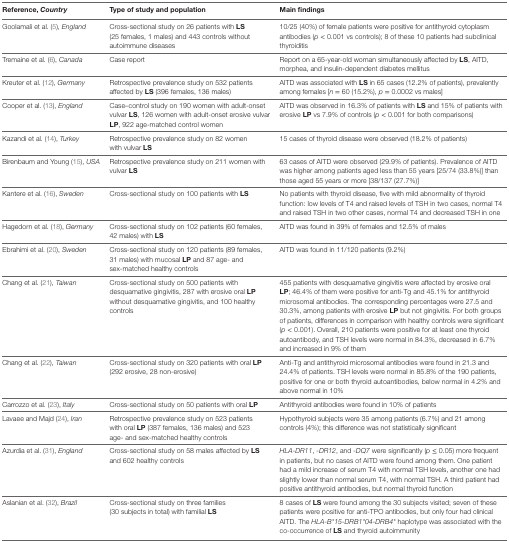
<table><thead><tr><td><b>Reference, <i>Country</i></b></td><td><b>Type of study and population</b></td><td><b>Main findings</b></td></tr></thead><tbody><tr><td>Goolamali et al. (5), <i>England</i></td><td>Cross-sectional study on 26 patients with <b>LS</b> (25 females, 1 males) and 443 controls without autoimmune diseases</td><td>10/25 (40%) of female patients were positive for antithyroid cytoplasm antibodies (<i>p</i> &lt; 0.001 vs controls); 8 of these 10 patients had subclinical thyroiditis</td></tr><tr><td>Tremaine et al. (6), <i>Canada</i></td><td>Case report</td><td>Report on a 65-year-old woman simultaneously affected by <b>LS</b>, AITD, morphea, and insulin-dependent diabetes mellitus</td></tr><tr><td>Kreuter et al. (12), <i>Germany</i></td><td>Retrospective prevalence study on 532 patients affected by <b>LS</b> (396 females, 136 males)</td><td>AITD was associated with <b>LS</b> in 65 cases (12.2% of patients), prevalently among females [<i>n</i> = 60 (15.2%), <i>p</i> = 0.0002 vs males]</td></tr><tr><td>Cooper et al. (13), <i>England</i></td><td>Case–control study on 190 women with adult-onset vulvar <b>LS</b>, 126 women with adult-onset erosive vulvar <b>LP</b>, 922 age-matched control women</td><td>AITD was observed in 16.3% of patients with <b>LS</b> and 15% of patients with erosive <b>LP</b> vs 7.9% of controls (<i>p</i> &lt; 0.001 for both comparisons)</td></tr><tr><td>Kazandi et al. (14), <i>Turkey</i></td><td>Retrospective prevalence study on 82 women with vulvar <b>LS</b></td><td>15 cases of thyroid disease were observed (18.2% of patients)</td></tr><tr><td>Birenbaum and Young (15), <i>USA</i></td><td>Retrospective prevalence study on 211 women with vulvar <b>LS</b></td><td>63 cases of AITD were observed (29.9% of patients). Prevalence of AITD was higher among patients aged less than 55 years [25/74 (33.8%)] than those aged 55 years or more [38/137 (27.7%)]</td></tr><tr><td>Kantere et al. (16), <i>Sweden</i></td><td>Cross-sectional study on 100 patients with <b>LS</b></td><td>No patients with thyroid disease, five with mild abnormality of thyroid function: low levels of T4 and raised levels of TSH in two cases, normal T4 and raised TSH in two other cases, normal T4 and decreased TSH in one</td></tr><tr><td>Hagedorn et al. (18), <i>Germany</i></td><td>Cross-sectional study on 102 patients (60 females, 42 males) with <b>LS</b></td><td>AITD was found in 39% of females and 12.5% of males</td></tr><tr><td>Ebrahimi et al. (20), <i>Sweden</i></td><td>Cross-sectional study on 120 patients (89 females, 31 males) with mucosal <b>LP</b> and 87 age- and sex-matched healthy controls</td><td>AITD was found in 11/120 patients (9.2%)</td></tr><tr><td>Chang et al. (21), <i>Taiwan</i></td><td>Cross-sectional study on 500 patients with desquamative gingivitis, 287 with erosive oral <b>LP</b> without desquamative gingivitis, and 100 healthy controls</td><td>455 patients with desquamative gingivitis were affected by erosive oral <b>LP</b>; 46.4% of them were positive for anti-Tg and 45.1% for antithyroid microsomal antibodies. The corresponding percentages were 27.5 and 30.3%, among patients with erosive <b>LP</b> but not gingivitis. For both groups of patients, differences in comparison with healthy controls were significant (<i>p</i> &lt; 0.001). Overall, 210 patients were positive for at least one thyroid autoantibody, and TSH levels were normal in 84.3%, decreased in 6.7% and increased in 9% of them</td></tr><tr><td>Chang et al. (22), <i>Taiwan</i></td><td>Cross-sectional study on 320 patients with oral <b>LP</b> (292 erosive, 28 non-erosive)</td><td>Anti-Tg and antithyroid microsomal antibodies were found in 21.3 and 24.4% of patients. TSH levels were normal in 85.8% of the 190 patients, positive for one or both thyroid autoantibodies, below normal in 4.2% and above normal in 10%</td></tr><tr><td>Carrozzo et al. (23), <i>Italy</i></td><td>Cross-sectional study on 50 patients with oral <b>LP</b></td><td>Antithyroid antibodies were found in 10% of patients</td></tr><tr><td>Lavaee and Majd (24), <i>Iran</i></td><td>Retrospective prevalence study on 523 patients with oral <b>LP</b> (387 females, 136 males) and 523 age- and sex-matched healthy controls</td><td>Hypothyroid subjects were 35 among patients (6.7%) and 21 among controls (4%); this difference was not statistically significant</td></tr><tr><td>Azurdia et al. (31), <i>England</i></td><td>Cross-sectional study on 58 males affected by <b>LS</b> and 602 healthy controls</td><td><i>HLA-DR11, -DR12</i>, and <i>-DQ7</i> were significantly (<i>p</i> ≤ 0.05) more frequent in patients, but no cases of AITD were found among them. One patient had a mild increase of serum T4 with normal TSH levels, another one had slightly lower than normal serum T4, with normal TSH. A third patient had positive antithyroid antibodies, but normal thyroid function</td></tr><tr><td>Aslanian et al. (32), <i>Brazil</i></td><td>Cross-sectional study on three families (30 subjects in total) with familial <b>LS</b></td><td>8 cases of <b>LS</b> were found among the 30 subjects visited; seven of these patients were positive for anti-TPO antibodies, but only four had clinical AITD. The <i>HLA-B*15-DRB1*04-DRB4*</i> haplotype was associated with the co-occurrence of <b>LS</b> and thyroid autoimmunity</td></tr></tbody></table>